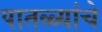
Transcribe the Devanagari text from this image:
पातळ्यांचे